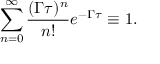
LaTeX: \sum _ { n = 0 } ^ { \infty } \frac { ( \Gamma \tau ) ^ { n } } { n ! } e ^ { - \Gamma \tau } \equiv 1 .